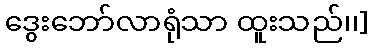
ဒွေးဘော်လာရုံသာ ထူးသည်၊၊]